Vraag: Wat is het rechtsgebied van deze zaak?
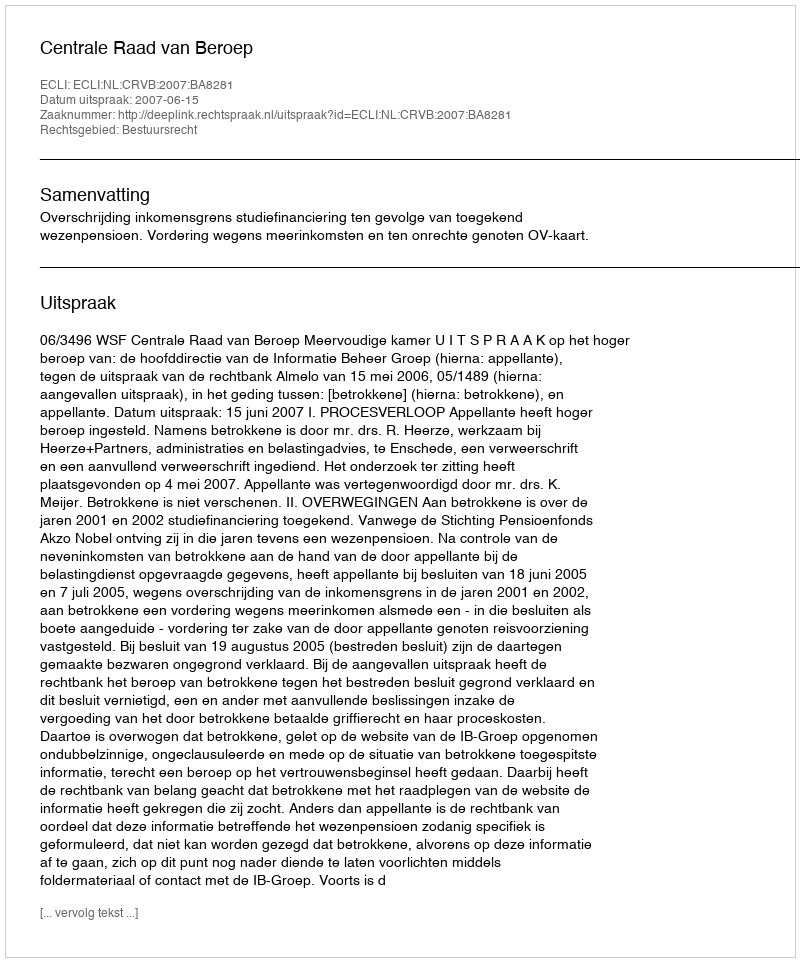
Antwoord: Bestuursrecht